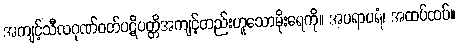
အကျင့်သီလဂုဏ်ဝတ်ပဋိပတ္တိအကျင့်တည်းဟူသောမိုးရေကို။ အပရာပရံ၊ အထပ်ထပ်။